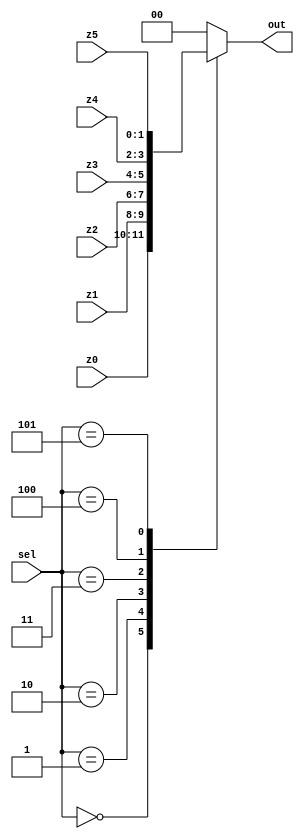
module MUX_6X1(
input         wire     [1:0]       z0,
input         wire     [1:0]       z1,
input         wire     [1:0]       z2,
input         wire     [1:0]       z3,
input         wire     [1:0]       z4,
input         wire     [1:0]       z5,
input         wire     [2:0]       sel,
output        reg      [1:0]       out
);


always@(*)
begin
	case(sel)
	
		3'b000:begin
			out = z0;
		end
	
		3'b001:begin
			out = z1;
		end
	
		3'b010:begin
			out = z2;
		end
		
		3'b011:begin
			out = z3;
		end
		
		3'b100:begin
			out = z4;
		end
		
		3'b101:begin
			out = z5;
		end
      
		default:begin
                       out = 2'b00;
                end
	endcase
end

endmodule